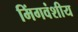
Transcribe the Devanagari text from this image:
मिंगवंशीय